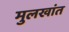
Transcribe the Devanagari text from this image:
मुलखांत